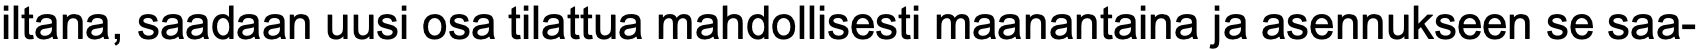
iltana, saadaan uusi osa tilattua mahdollisesti maanantaina ja asennukseen se saa-